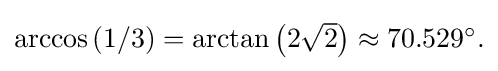
{\textstyle \arccos \left(1/3\right)=\arctan \left(2{\sqrt {2}}\right)\approx 70.529^{\circ }.}